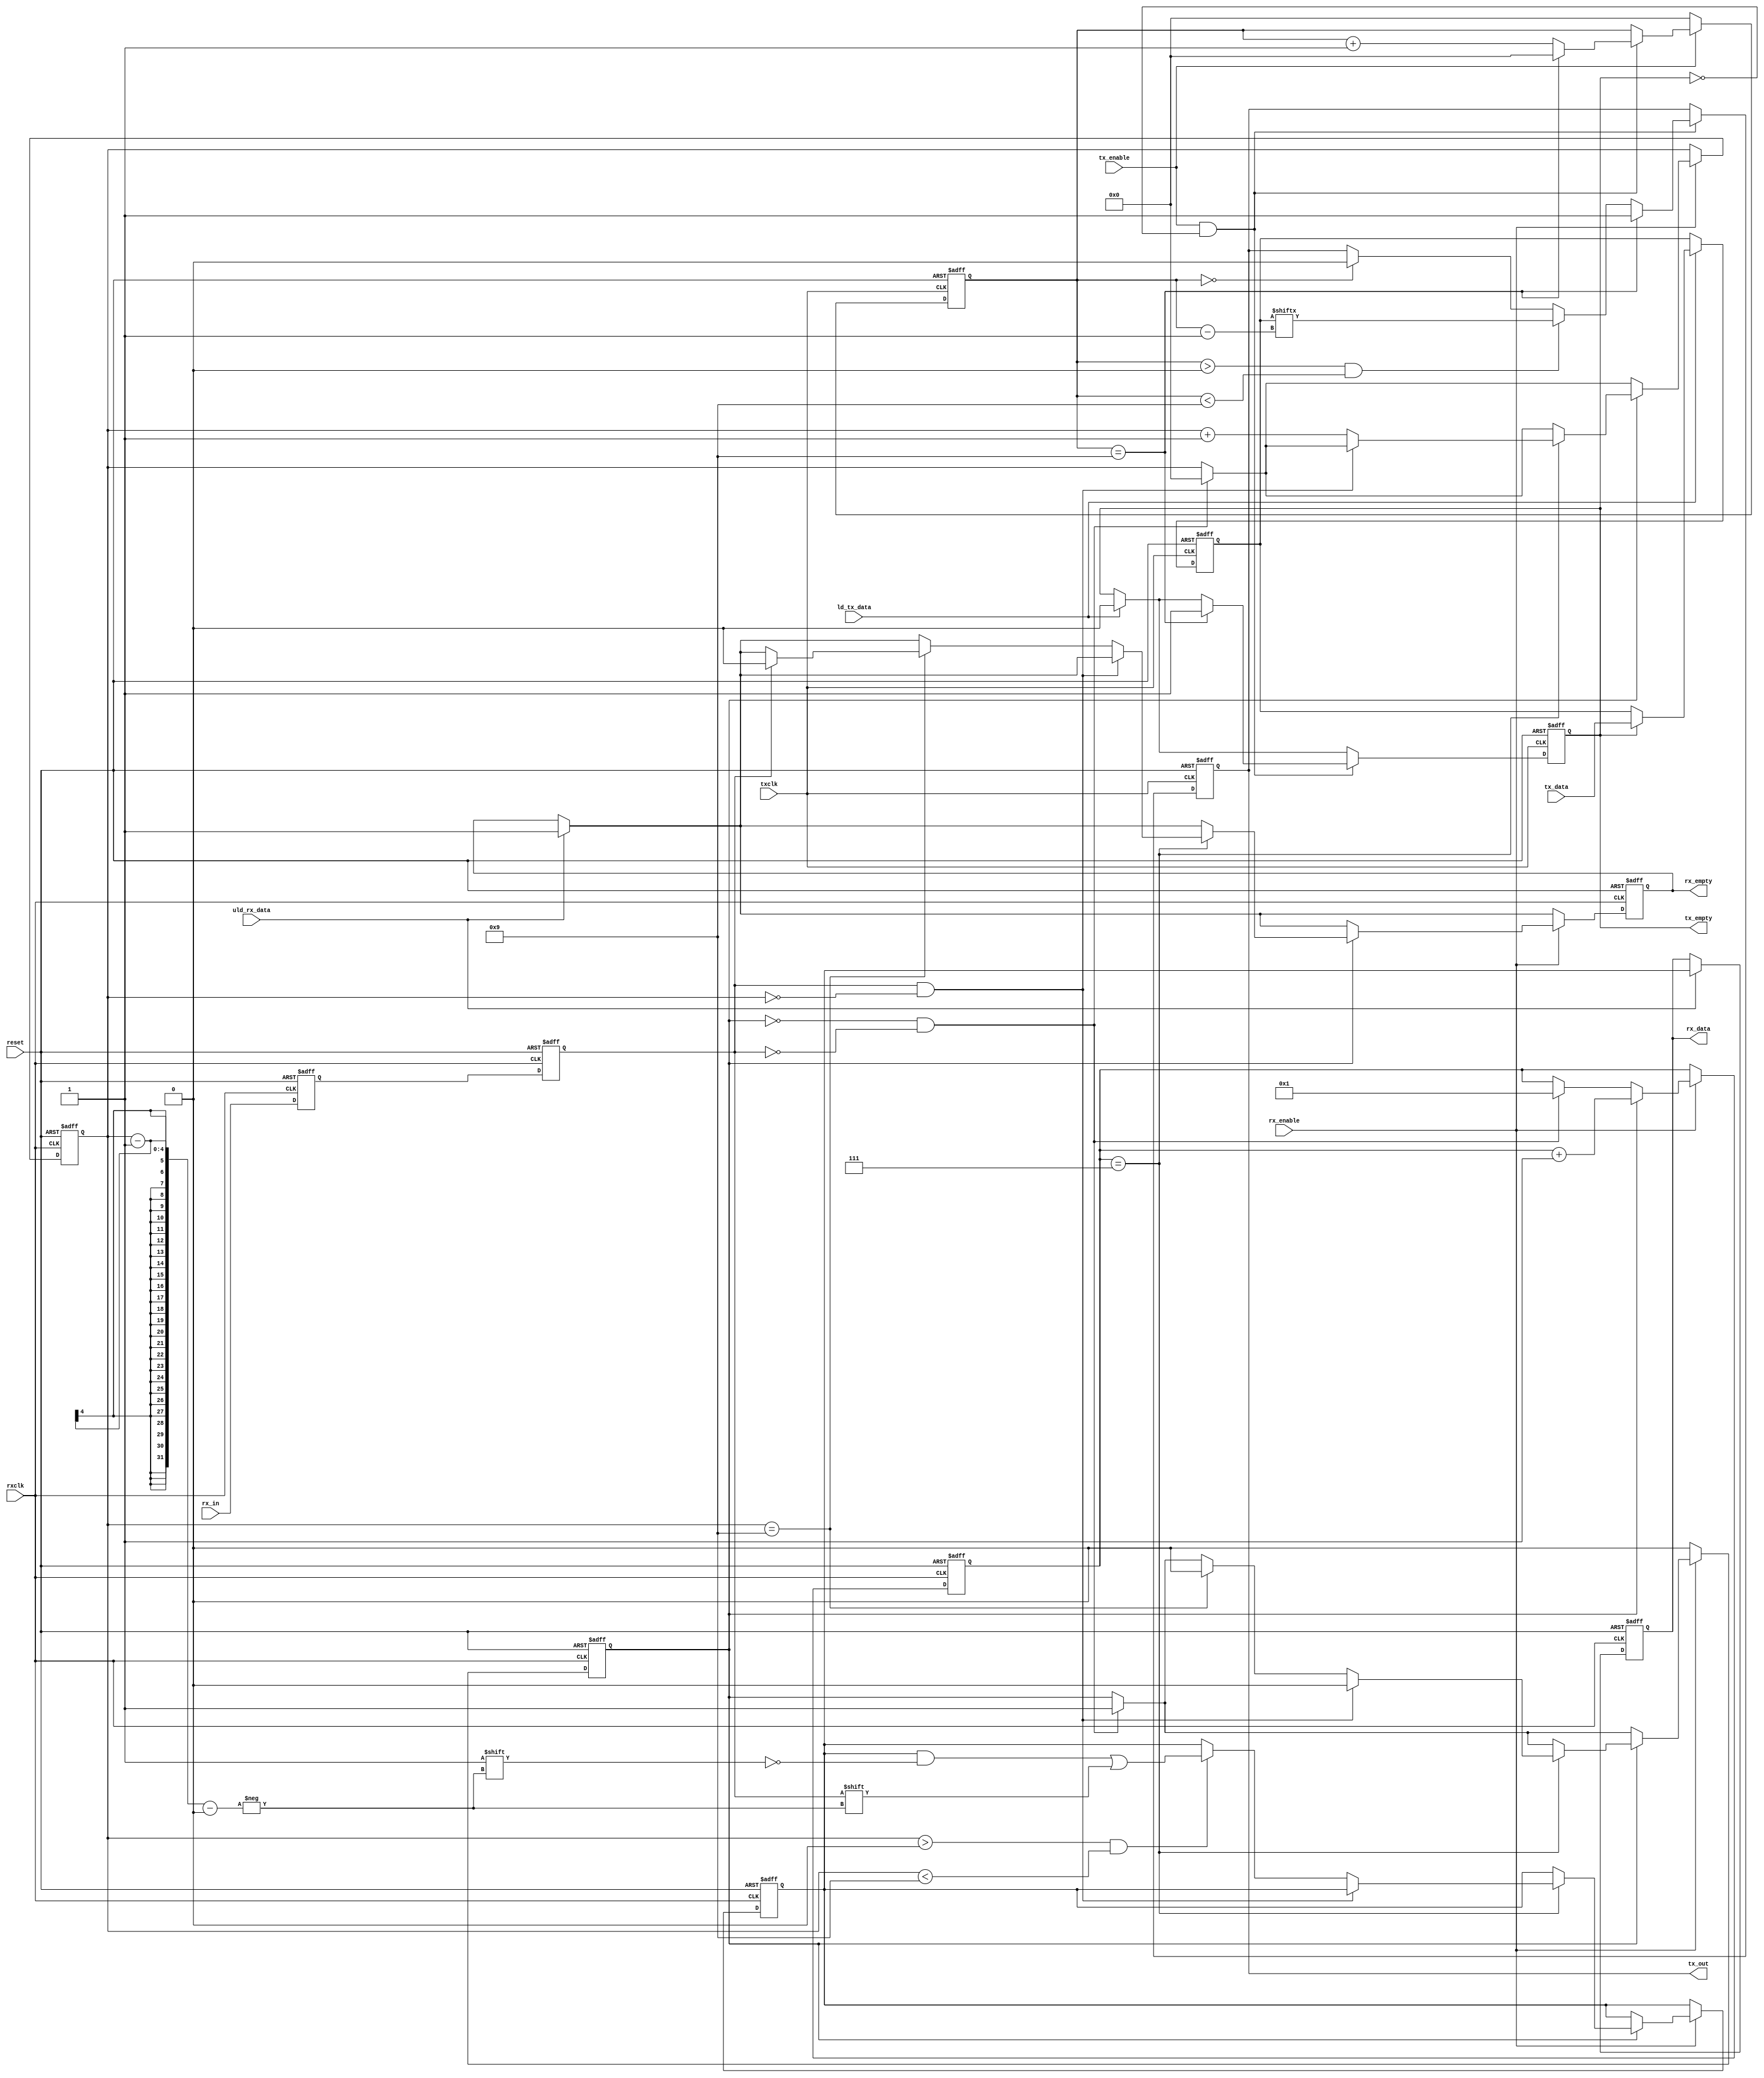
//module transmit(rxd, rts, txd, cts, in);
//
//	input rxd, cts, in;
//	output txd, rts;
//	
//	reg txd_reg;
//	
//	assign txd = txd_reg;
//	
//	always
//	begin
//	
//		if (in)
//			txd_reg = 1;
//		else 
//			txd_reg = 0;
//	
//	end
//	
//
//endmodule


//-----------------------------------------------------
// Design Name : uart 
// Function    : Simple UART
// Coder       : Deepak Kumar Tala
//-----------------------------------------------------
module transmit(
reset          ,
txclk          ,
ld_tx_data     ,
tx_data        ,
tx_enable      ,
tx_out         ,
tx_empty       ,
rxclk          ,
uld_rx_data    ,
rx_data        ,
rx_enable      ,
rx_in          ,
rx_empty
);
// Port declarations
input        reset          ;
input        txclk          ;
input        ld_tx_data     ;
input  [7:0] tx_data        ;
input        tx_enable      ;
output       tx_out         ;
output       tx_empty       ;
input        rxclk          ;
input        uld_rx_data    ;
output [7:0] rx_data        ;
input        rx_enable      ;
input        rx_in          ;
output       rx_empty       ;

// Internal Variables 
reg [7:0]    tx_reg         ;
reg          tx_empty       ;
reg          tx_over_run    ;
reg [3:0]    tx_cnt         ;
reg          tx_out         ;
reg [7:0]    rx_reg         ;
reg [7:0]    rx_data        ;
reg [3:0]    rx_sample_cnt  ;
reg [3:0]    rx_cnt         ;  
reg          rx_frame_err   ;
reg          rx_over_run    ;
reg          rx_empty       ;
reg          rx_d1          ;
reg          rx_d2          ;
reg          rx_busy        ;

// UART RX Logic
always @ (posedge rxclk or posedge reset)
if (reset) begin
  rx_reg        <= 0; 
  rx_data       <= 0;
  rx_sample_cnt <= 0;
  rx_cnt        <= 0;
  rx_frame_err  <= 0;
  rx_over_run   <= 0;
  rx_empty      <= 1;
  rx_d1         <= 1;
  rx_d2         <= 1;
  rx_busy       <= 0;
end else begin
  // Synchronize the asynch signal
  rx_d1 <= rx_in;
  rx_d2 <= rx_d1;
  // Uload the rx data
  if (uld_rx_data) begin
    rx_data  <= rx_reg;
    rx_empty <= 1;
  end
  // Receive data only when rx is enabled
  if (rx_enable) begin
    // Check if just received start of frame
    if (!rx_busy && !rx_d2) begin
      rx_busy       <= 1;
      rx_sample_cnt <= 1;
      rx_cnt        <= 0;
    end
    // Start of frame detected, Proceed with rest of data
    if (rx_busy) begin
       rx_sample_cnt <= rx_sample_cnt + 1;
       // Logic to sample at middle of data
       if (rx_sample_cnt == 7) begin
          if ((rx_d2 == 1) && (rx_cnt == 0)) begin
            rx_busy <= 0;
          end else begin
            rx_cnt <= rx_cnt + 1; 
            // Start storing the rx data
            if (rx_cnt > 0 && rx_cnt < 9) begin
              rx_reg[rx_cnt - 1] <= rx_d2;
            end
            if (rx_cnt == 9) begin
               rx_busy <= 0;
               // Check if End of frame received correctly
               if (rx_d2 == 0) begin
                 rx_frame_err <= 1;
               end else begin
                 rx_empty     <= 0;
                 rx_frame_err <= 0;
                 // Check if last rx data was not unloaded,
                 rx_over_run  <= (rx_empty) ? 0 : 1;
               end
            end
          end
       end 
    end 
  end
  if (!rx_enable) begin
    rx_busy <= 0;
  end
end

// UART TX Logic
always @ (posedge txclk or posedge reset)
if (reset) begin
  tx_reg        <= 0;
  tx_empty      <= 1;
  tx_over_run   <= 0;
  tx_out        <= 1;
  tx_cnt        <= 0;
end else begin
   if (ld_tx_data) begin
      if (!tx_empty) begin
        tx_over_run <= 0;
      end else begin
        tx_reg   <= tx_data;
        tx_empty <= 0;
      end
   end
   if (tx_enable && !tx_empty) begin
     tx_cnt <= tx_cnt + 1;
     if (tx_cnt == 0) begin
       tx_out <= 0;
     end
     if (tx_cnt > 0 && tx_cnt < 9) begin
        tx_out <= tx_reg[tx_cnt -1];
     end
     if (tx_cnt == 9) begin
       tx_out <= 1;
       tx_cnt <= 0;
       tx_empty <= 1;
     end
   end
   if (!tx_enable) begin
     tx_cnt <= 0;
   end
end

endmodule